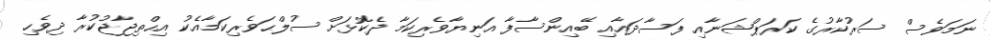
ނަމަވެސް ސަރުކާރުގެ ކަރަޕްޝަނާއި ފަސާދައާއި ބޭއިންސާފާ އަނިޔާވެރިކަމާ ދެކޮޅަށް ސުލްޙަވެރިކަމާއެކު އިޙްތިޖާޖުކުރާ ދިވެހި